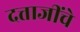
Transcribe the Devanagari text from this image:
दत्ताजींचे